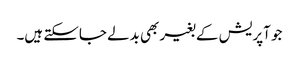
جو آپریش کے بغیر بھی بدلے جاسکتے ہیں۔